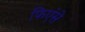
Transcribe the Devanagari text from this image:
फिएंसे